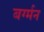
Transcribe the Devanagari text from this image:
बर्ग्मन